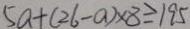
5 a + ( 2 6 - a ) \times 8 \geq 1 9 5